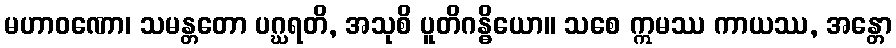
မဟာဝဏော၊ သမန္တတော ပဂ္ဃရတိ, အသုစိ ပူတိဂန္ဓိယော။ သစေ ဣမဿ ကာယဿ, အန္တော